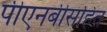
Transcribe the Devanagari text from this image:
पीएनबीसहित